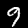
Digit: 9